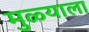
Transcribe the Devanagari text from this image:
मुळ्याला